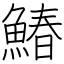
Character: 鰆